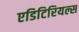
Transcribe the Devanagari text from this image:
एडिटिरियल्स